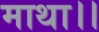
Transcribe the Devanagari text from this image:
माथा।।